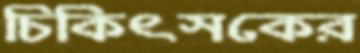
চিকিৎসকের